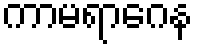
ကာမရာဂေန